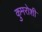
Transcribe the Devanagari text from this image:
कुमरोशी